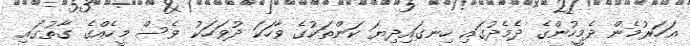
އަހަރުމެން ދެމީހުންގެ ދެމެދުގައި ހިނގައިދިޔަ ކަންތަކުގެ ވާހަކަ ދުވަހަކު ވެސް މީހެއްގެ ގާތުގައި